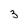
Character: 3